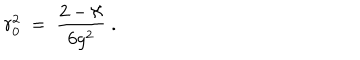
r _ { 0 } ^ { 2 } \; = \; \frac { 2 - \aleph } { 6 g ^ { 2 } } \; .